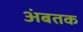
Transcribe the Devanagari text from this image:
अंबतक